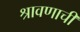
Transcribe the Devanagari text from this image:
श्रावणाची